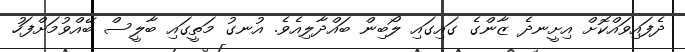
ދެފައިވައްކޮށް އިށީނދެ ޒާންގެ ގައިގައި ލޯބިން ބައްދާލިއެވެ. އުނގު މަތީގައި ބާލީސް ބޭއްވުމަށްފަހު